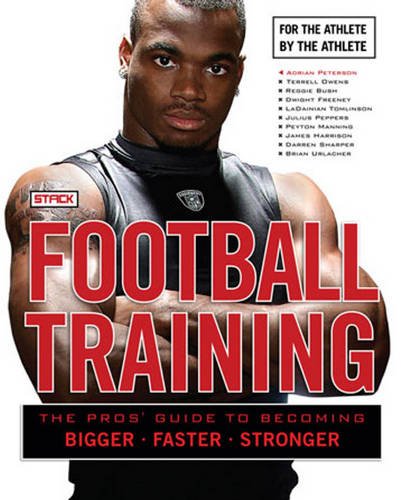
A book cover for Football Training: The Pros' Guide to Becoming Bigger, Faster, Stronger; STACK Media; Health, Fitness & Dieting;